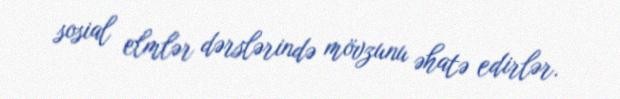
sosial elmlər dərslərində mövzunu əhatə edirlər.